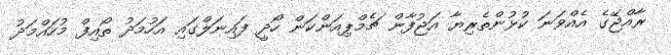
ރާއްޖޭގެ އެއްވަނަ ކުޅުންތެރިޔާ އަޖުފާން ޗެމްޕިއަންކަން ހޯދީ ފައިނަލްގައި އަހުމަދު ތޯއިފް މުހައްމަދު